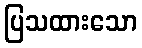
ပြသထားသော